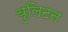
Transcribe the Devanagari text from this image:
बुलिटन